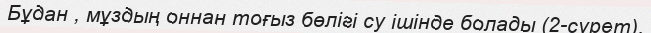
Бұдан , мұздың оннан тоғыз бөлігі су ішінде болады (2-сурет).